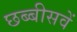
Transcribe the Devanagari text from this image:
छब्बीसवें